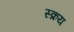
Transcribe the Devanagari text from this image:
स्क्रय